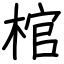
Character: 棺